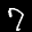
Label: 7